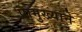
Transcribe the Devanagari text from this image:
प्रामुख्‍याने